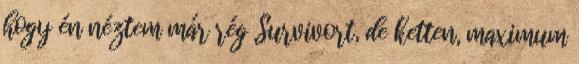
hogy én néztem már rég Survivort, de ketten, maximum